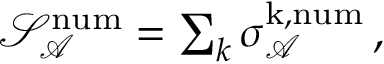
\begin{array} { r } { \mathcal { S } _ { \mathcal { A } } ^ { \mathrm { n u m } } = \sum _ { k } \sigma _ { \mathcal { A } } ^ { \mathrm { k , n u m } } \, , } \end{array}